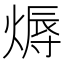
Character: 𤍇